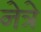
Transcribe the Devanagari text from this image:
नेत्रे